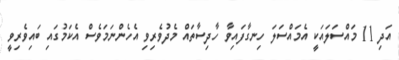
އަދި 11 މައްސަލައަކީ އެމައްސަލަ ހިނގާފައިވާ ހާދިސާތައް މެދުވެރިވި އެހެންނަމަވެސް އެކަމުގައި ބައިވެރިވީ